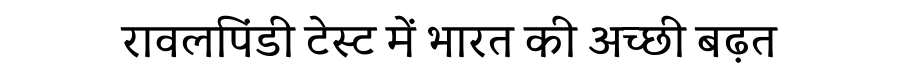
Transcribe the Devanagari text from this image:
रावलपिंडी टेस्ट में भारत की अच्छी बढ़त